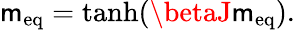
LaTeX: \mathsf{m}_{\mathrm{{{eq}}}}=\operatorname{tanh}(\betaJ\mathsf{m}_{\mathrm{{{eq}}}}).